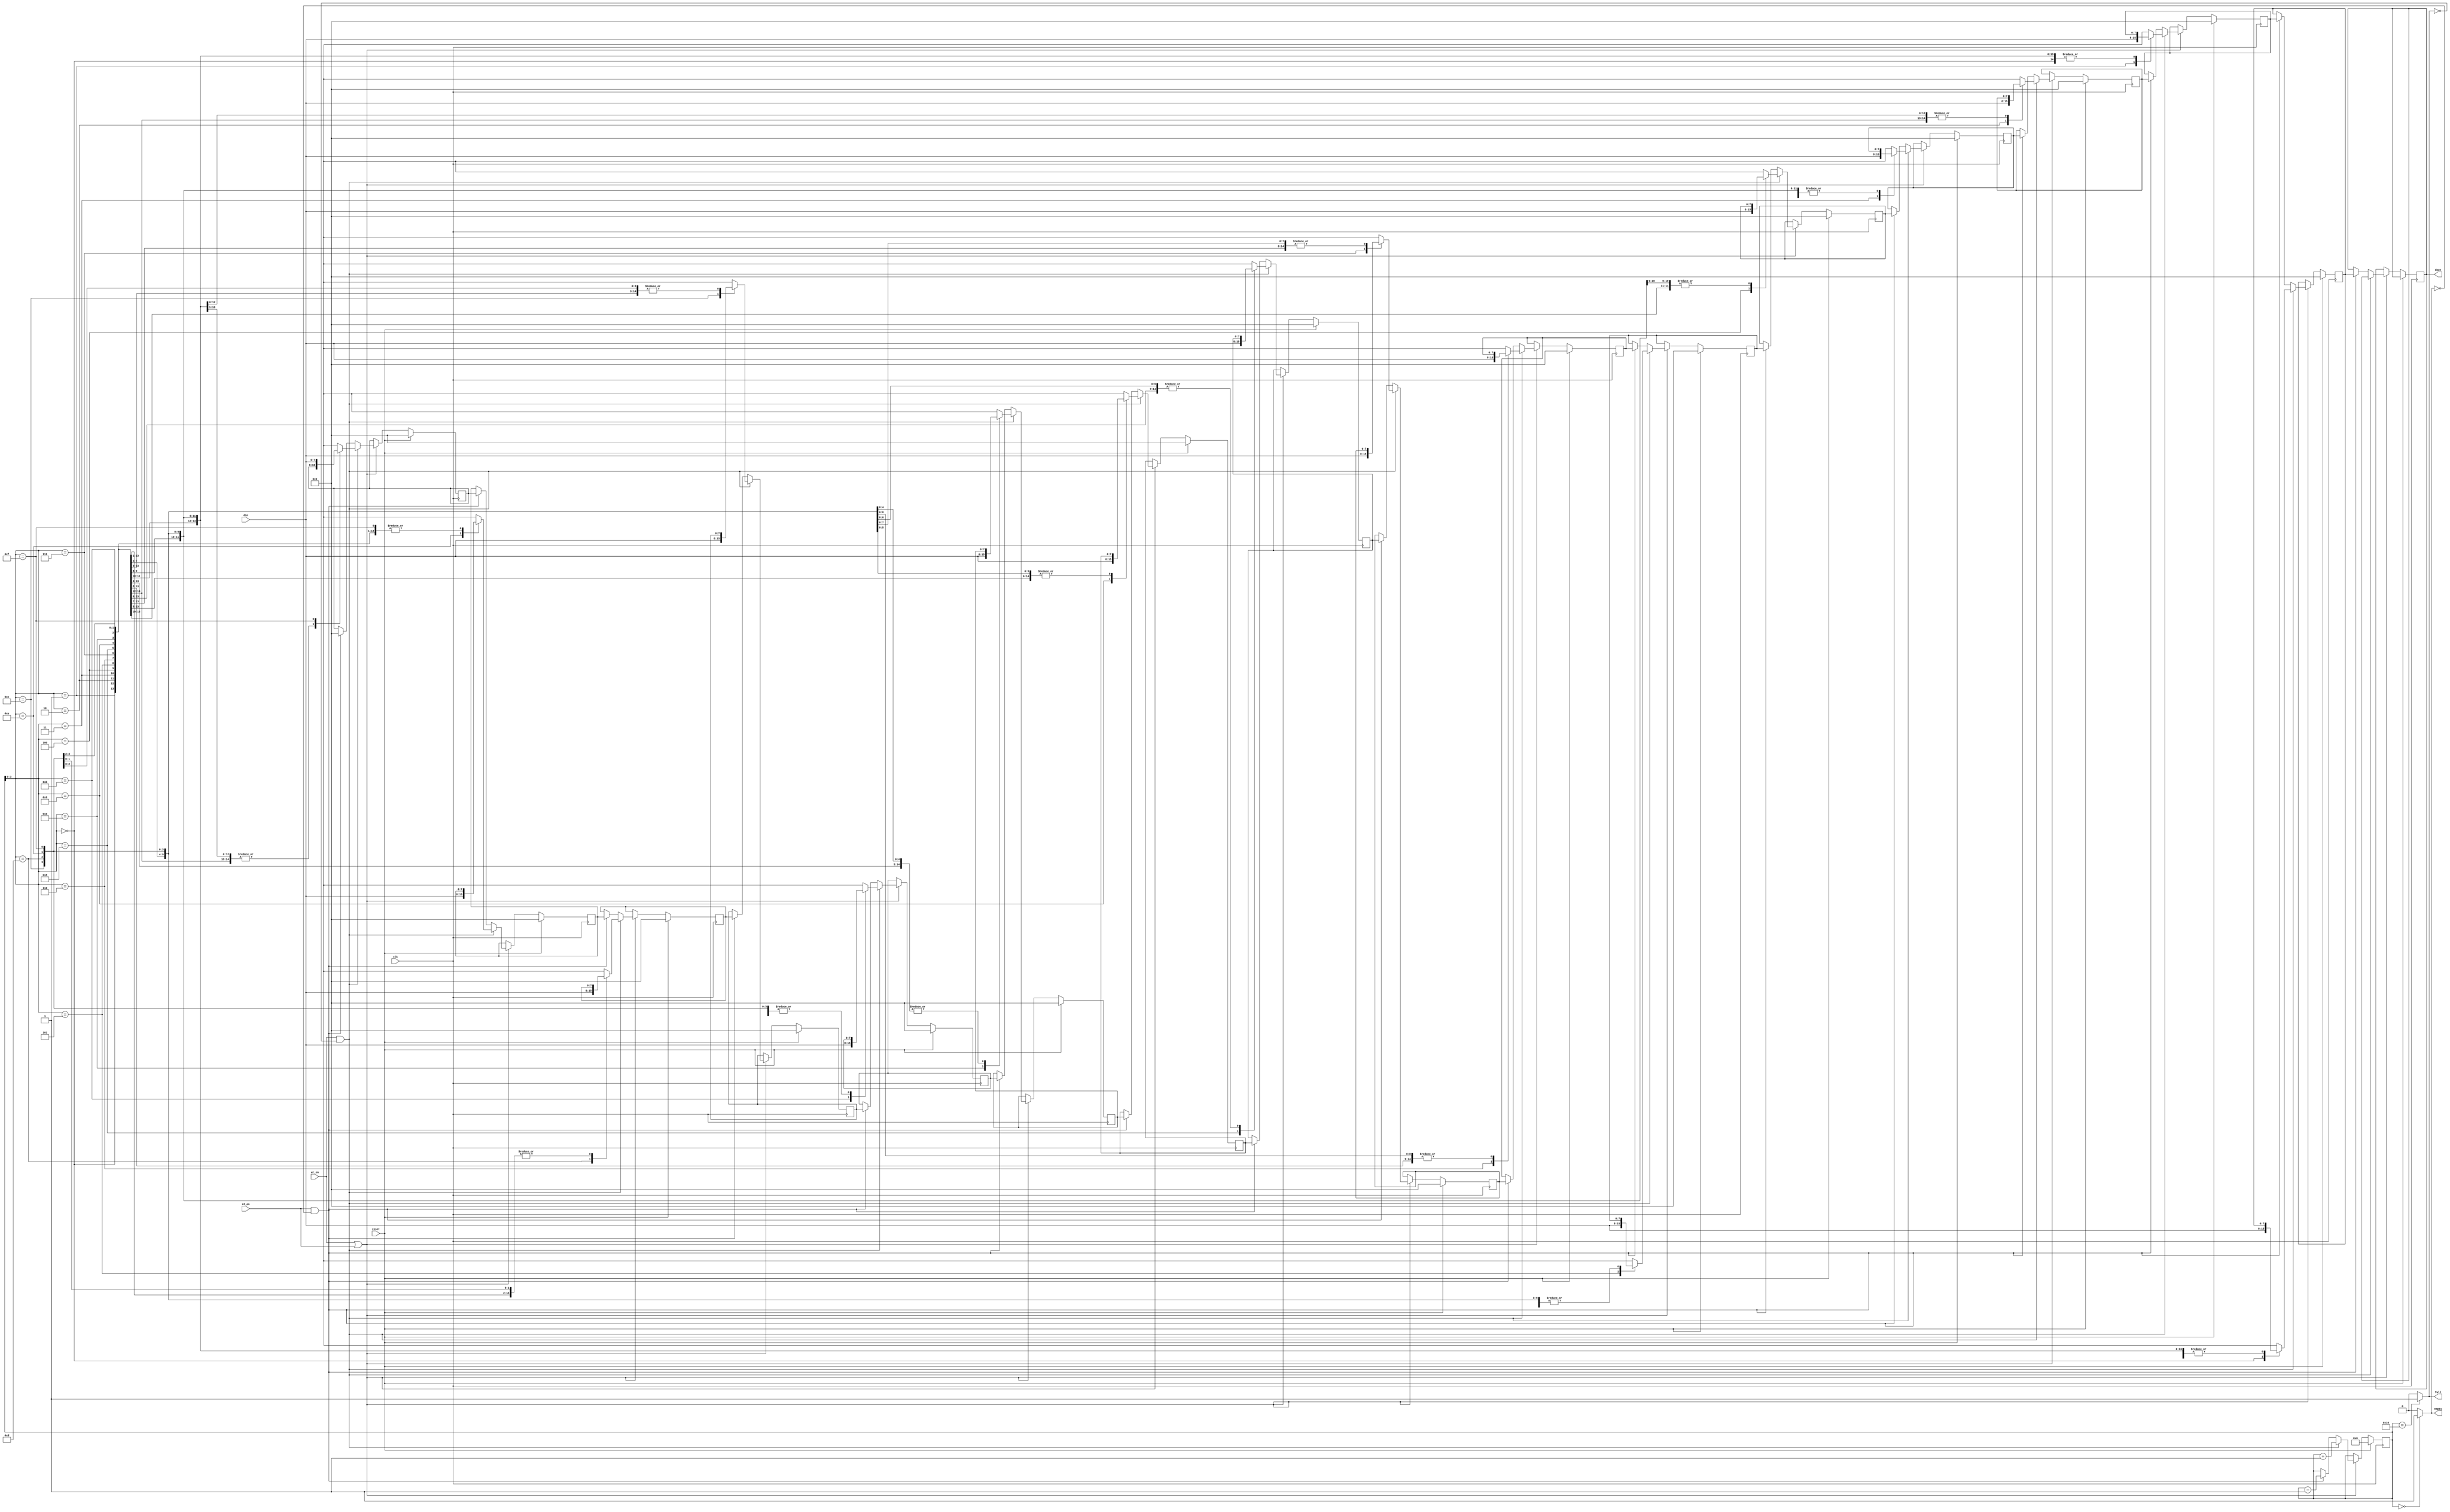
module fifo(clk,reset,wr_en,rd_en,din,dout,full,empty);
  input clk,reset;
  input wr_en,rd_en;
  input [7:0]din;
  output [7:0]dout;
  output full,empty;
  
  reg [7:0]mem[0:15];//declaration of RAM
  wire clk,reset;
  wire wr_en,rd_en;
  wire [7:0]din;
  reg [7:0]dout;
  wire full,empty;
  reg [4:0]addr;
  integer i;
  assign full = (addr ==5'b10000) ? 1'b1 : 1'b0;
  assign empty = (addr ==5'b00000) ? 1'b1 : 1'b0;
  
  always@(posedge clk)
    begin
      if(reset)
        begin
        	addr = 4'b0000;
      		for(i=0;i<=15;i=i+1) 
        		mem[i] = 8'b0;
        end
      else if(wr_en | rd_en)//read or write
        begin
          if(wr_en && (!full))
            begin
            	mem[addr]=din;
            	addr = addr + 1;
            end
          else
            if(rd_en && (!empty))
              begin
                dout =mem[0];
                mem[0] = mem[1];
                mem[1] = mem[2];
                mem[2] = mem[3];
                mem[3] = mem[4];
                mem[4] = mem[5];
                mem[5] = mem[6];
                mem[6] = mem[7];
                mem[7] = mem[8];
                mem[8] = mem[9];
                mem[9] = mem[10];
                mem[10] = mem[11];
                mem[11] = mem[12];
                mem[12] = mem[13];
                mem[13] = mem[14];
                mem[14] = mem[15];
                mem[15] = 8'b0;
                   addr = addr - 1;         
                
              end
              
        end
      
    end
endmodule